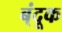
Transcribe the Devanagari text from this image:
ब्ंदूक